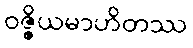
ဝဇ္ဇိယမာဟိတဿ